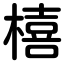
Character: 橲